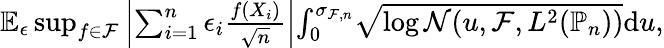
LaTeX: \begin{array}{r}{\mathbb{E}_{\epsilon}\operatorname*{sup}_{f\in\mathcal{F}}\left|\sum_{i=1}^{n}\epsilon_{i}{\frac{f(X_{i})}{\sqrt{n}}}\right|\le\int_{0}^{\sigma_{\mathcal{F},n}}\sqrt{\log\mathcal{N}(u,\mathcal{F},L^{2}(\mathbb{P}_{n}))}\mathrm{d}u,}\end{array}